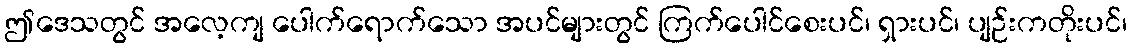
ဤဒေသတွင် အလေ့ကျ ပေါက်ရောက်သော အပင်များတွင် ကြက်ပေါင်စေးပင်၊ ရှားပင်၊ ပျဉ်းကတိုးပင်၊